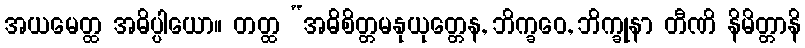
အယမေတ္ထ အဓိပ္ပါယော။ တတ္ထ “အဓိစိတ္တမနုယုတ္တေန, ဘိက္ခဝေ, ဘိက္ခုနာ တီဏိ နိမိတ္တာနိ